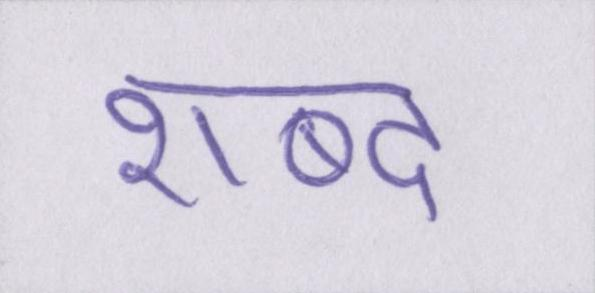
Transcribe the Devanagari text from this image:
शब्द